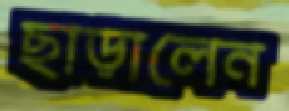
ছাড়ালেন